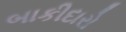
બાકીદારો